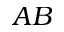
A B